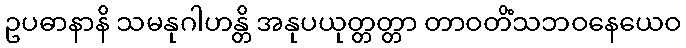
ဥပဓာနာနိ သမနုဂါဟန္တိ အနုပယုတ္တတ္တာ တာဝတိံသဘဝနေယေဝ